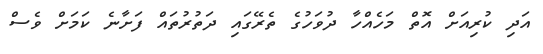
އަދި ކުރިއަށް އޮތް މަހެއްހާ ދުވަހުގެ ތެރޭގައި ދަތުރުތައް ފަށާނެ ކަމަށް ވެސް